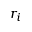
r _ { i }